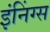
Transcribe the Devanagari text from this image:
इंनिंग्स